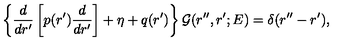
\left\{ \frac { d } { d r ^ { \prime } } \left[ p ( r ^ { \prime } ) \frac { d } { d r ^ { \prime } } \right] + \eta + q ( r ^ { \prime } ) \right\} { \mathcal G } ( r ^ { \prime \prime } , r ^ { \prime } ; E ) = \delta ( r ^ { \prime \prime } - r ^ { \prime } ) ,